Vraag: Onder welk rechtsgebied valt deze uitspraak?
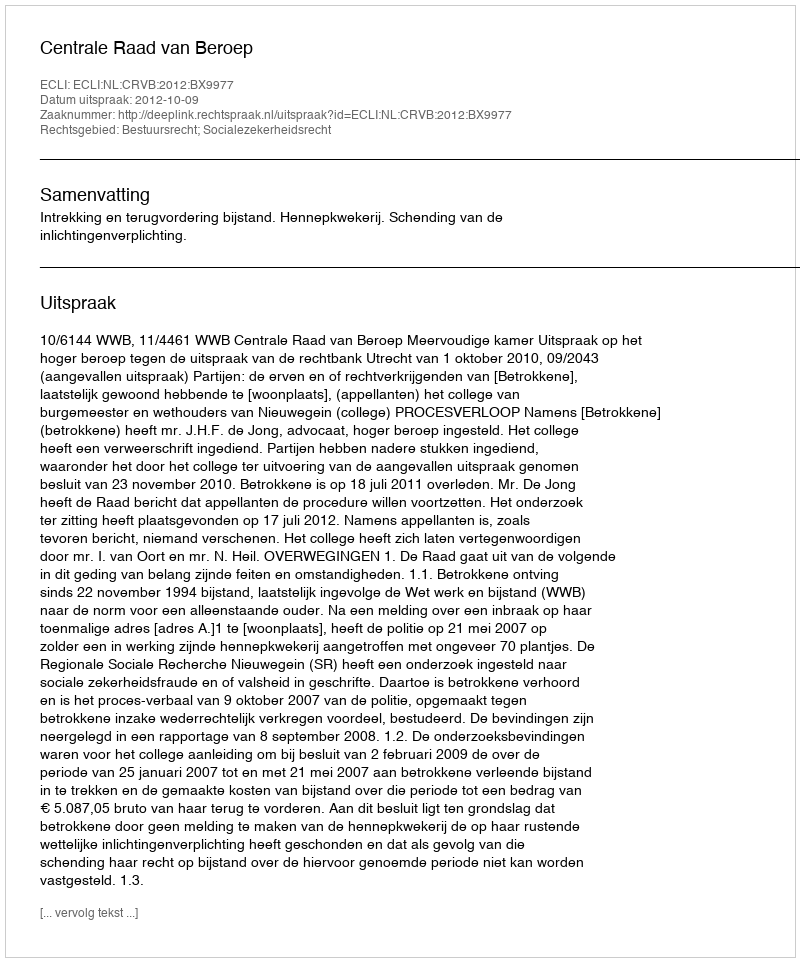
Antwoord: Bestuursrecht; Socialezekerheidsrecht